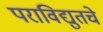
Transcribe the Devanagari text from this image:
पराविद्युतचे